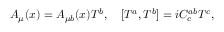
A _ { \mu } ( x ) = A _ { \mu b } ( x ) T ^ { b } , \quad [ T ^ { a } , T ^ { b } ] = i C _ { c } ^ { a b } T ^ { c } ,